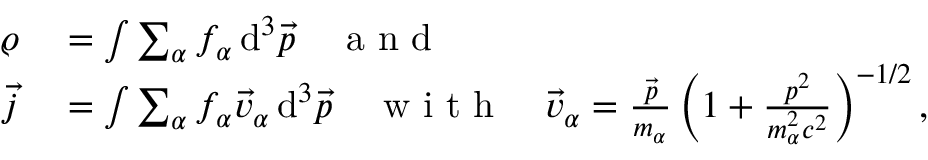
\begin{array} { r l } { \varrho } & { { } = \int \sum _ { \alpha } f _ { \alpha } \operatorname { d } ^ { 3 } \! \vec { p } \quad \mathrm { ~ a ~ n ~ d ~ } } \\ { \vec { j } } & { { } = \int \sum _ { \alpha } f _ { \alpha } \vec { v } _ { \alpha } \operatorname { d } ^ { 3 } \! \vec { p } \quad \mathrm { ~ w ~ i ~ t ~ h ~ } \quad \vec { v } _ { \alpha } = \frac { \vec { p } } { m _ { \alpha } } \left( 1 + \frac { p ^ { 2 } } { m _ { \alpha } ^ { 2 } c ^ { 2 } } \right) ^ { - 1 / 2 } , } \end{array}